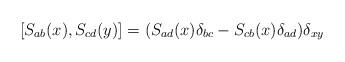
LaTeX: \begin{align*}\left[S_{ab}(x),S_{cd}(y)\right]=(S_{ad}(x)\delta_{bc}- S_{cb}(x)\delta_{ad})\delta_{xy}\end{align*}